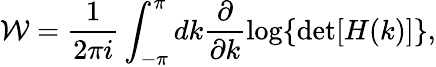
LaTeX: \mathcal{W}=\frac{1}{2\pi i}\int_{-\pi}^{\pi}dk\frac{\partial}{\partial k}\log\{ \operatorname*{det}[H(k)]\} ,